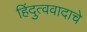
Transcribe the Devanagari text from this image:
हिंदुत्ववादाचे